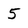
Character: 5